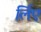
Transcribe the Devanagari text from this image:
र्लिए